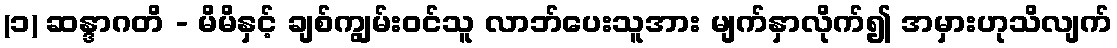
(၁) ဆန္ဒာဂတိ - မိမိနှင့် ချစ်ကျွမ်းဝင်သူ လာဘ်ပေးသူအား မျက်နှာလိုက်၍ အမှားဟုသိလျက်